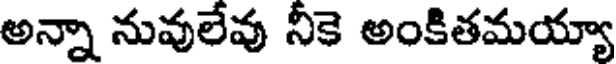
అన్నా నువులేవు నీకె అంకితమయ్యా